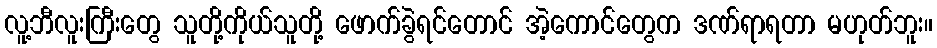
လူ့ဘီလူးကြီးတွေ သူတို့ကိုယ်သူတို့ ဖောက်ခွဲရင်တောင် အဲ့ကောင်တွေက ဒဏ်ရာရတာ မဟုတ်ဘူး။